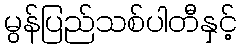
မွန်ပြည်သစ်ပါတီနှင့်